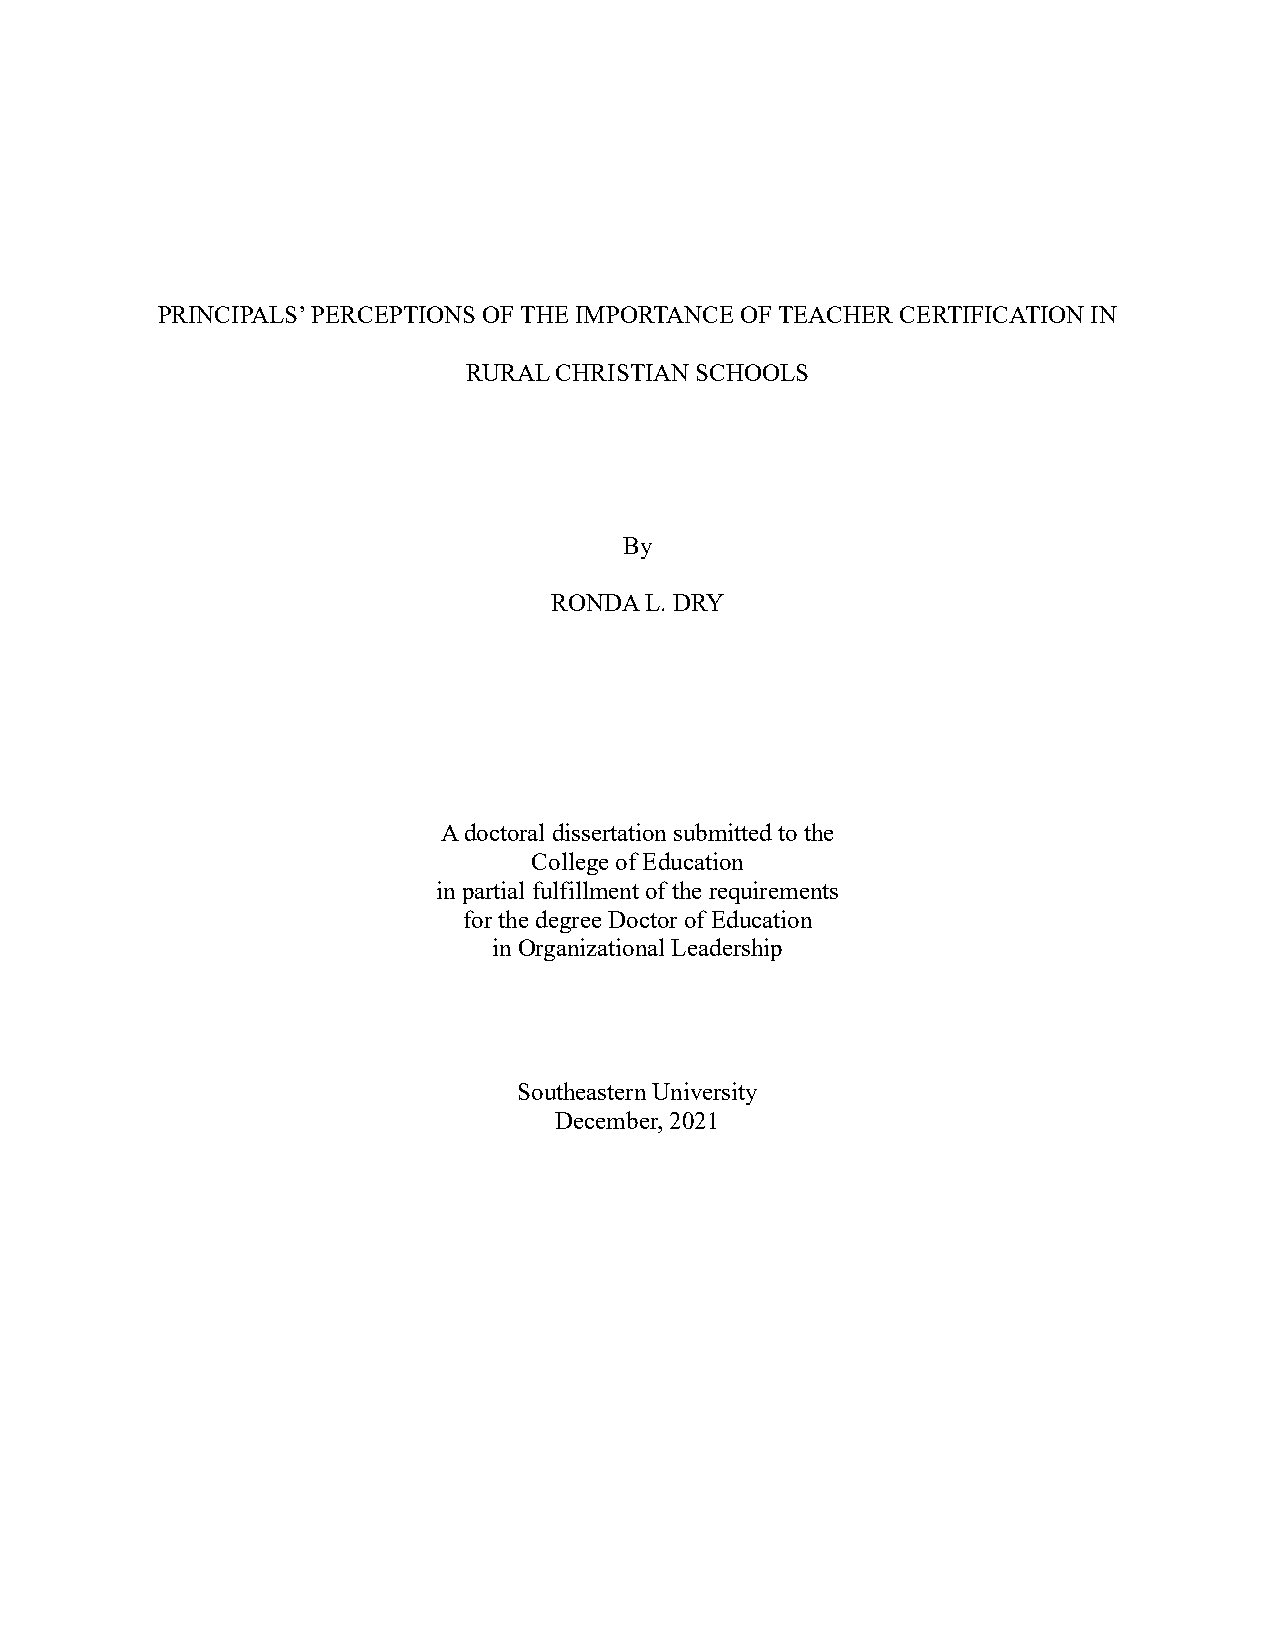
PRINCIPALS’ PERCEPTIONS OF THE IMPORTANCE OF TEACHER CERTIFICATION IN
 RURAL CHRISTIAN SCHOOLS
 By
 RONDA  L. DRY
 A doctoral dissertation submitted to the
 College of Education
 in partial fulfillment of the requirements
 for the degree Doctor of Education
 in Organizational Leadership
 Southeastern University
 December, 2021